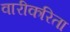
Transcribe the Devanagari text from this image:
वारीकरिता